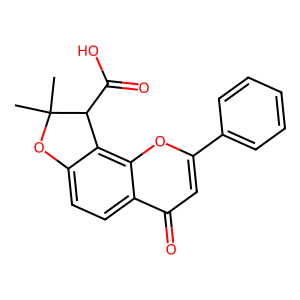
SMILES: CC1(C)Oc2ccc3c(=O)cc(-c4ccccc4)oc3c2C1C(=O)O
Inhibits HIV replication: No